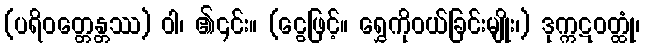
(ပရိဝတ္တေန္တဿ) ဝါ၊ ၏၎င်း။ (ငွေဖြင့်။ ရွှေကိုဝယ်ခြင်းမျိုး၊) ဒုက္ကဋဝတ္ထုံ၊